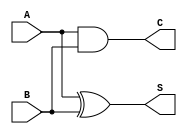
module HalfAdder (
    input A,    // First input
    input B,    // Second input
    output S,   // Sum output
    output C    // Carry output
);
    assign S = A ^ B;  // Sum: A XOR B
    assign C = A & B;  // Carry: A AND B
endmodule